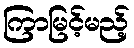
ကြာမြင့်မည့်